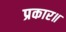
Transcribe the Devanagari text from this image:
प्रकार॥